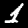
Digit: 1